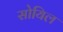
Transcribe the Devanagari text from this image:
सोयिल